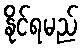
နိုင်ရမည်